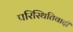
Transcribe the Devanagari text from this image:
परिस्थितिवादी